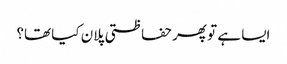
ایسا ہے تو پھر حفاظتی پلان کیا تھا؟